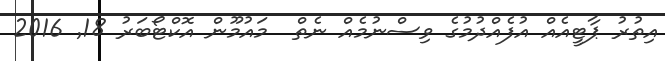
އިތުރު ޕާޓީއެއް އުފެއްދުމުގެ ވިސްނުމެއް ނެތް  މައުމޫން އޮކްޓޯބަރު 18